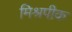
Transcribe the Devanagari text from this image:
मिश्रपीक